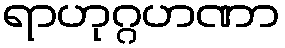
ရာဟုဂ္ဂဟဏာ